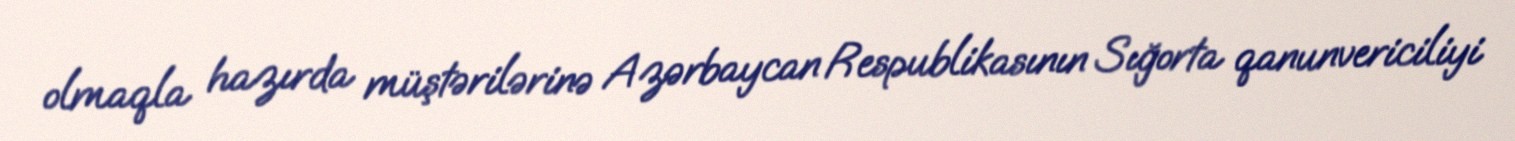
olmaqla hazırda müştərilərinə Azərbaycan Respublikasının Sığorta qanunvericiliyi